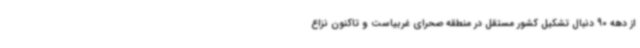
از دهه 90 دنبال تشکیل کشور مستقل در منطقه صحرای غربیاست و تاکنون نزاع